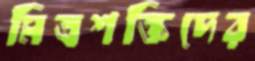
মিত্রশক্তিদের